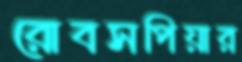
রোবসপিয়ার